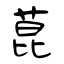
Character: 菎